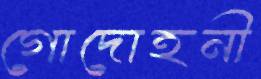
গোদোহনী